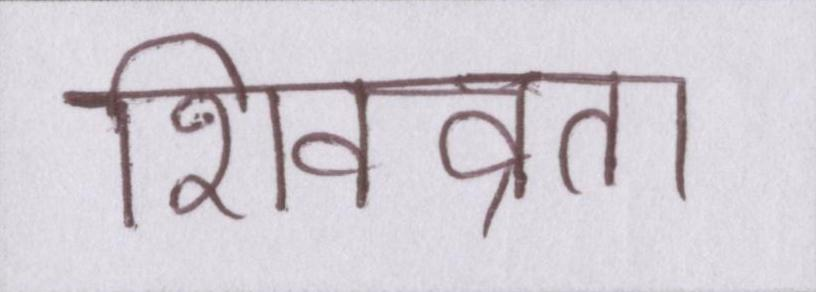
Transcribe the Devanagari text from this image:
शिवव्रत